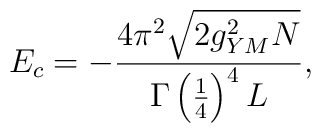
E_c = -\frac{4\pi^2 \sqrt{2g_{YM}^2 N}}{\Gamma\left(    \frac{1}{4}\right)^4 L},